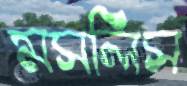
মসলিস